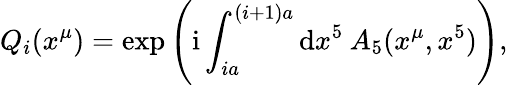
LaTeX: Q_{i}(x^{\mu})=\mathrm{exp}\left(\mathrm{i}\int_{ia}^{(i+1)a}{\mathrm{d}x^{5}\: A_{5}(x^{\mu},x^{5})}\right),